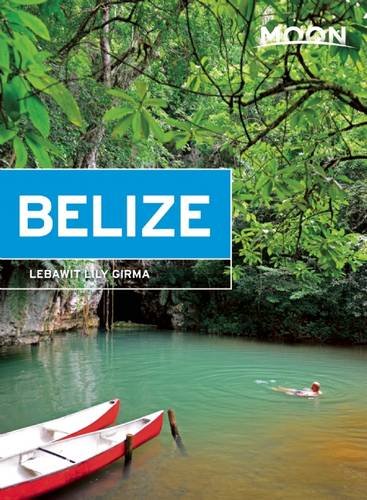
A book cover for Moon Belize (Moon Handbooks); Lebawit Lily Girma; Travel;